Civil Veterinary Dept. Bombay admin report 1932-41 - 1932-1941
Year: 1932
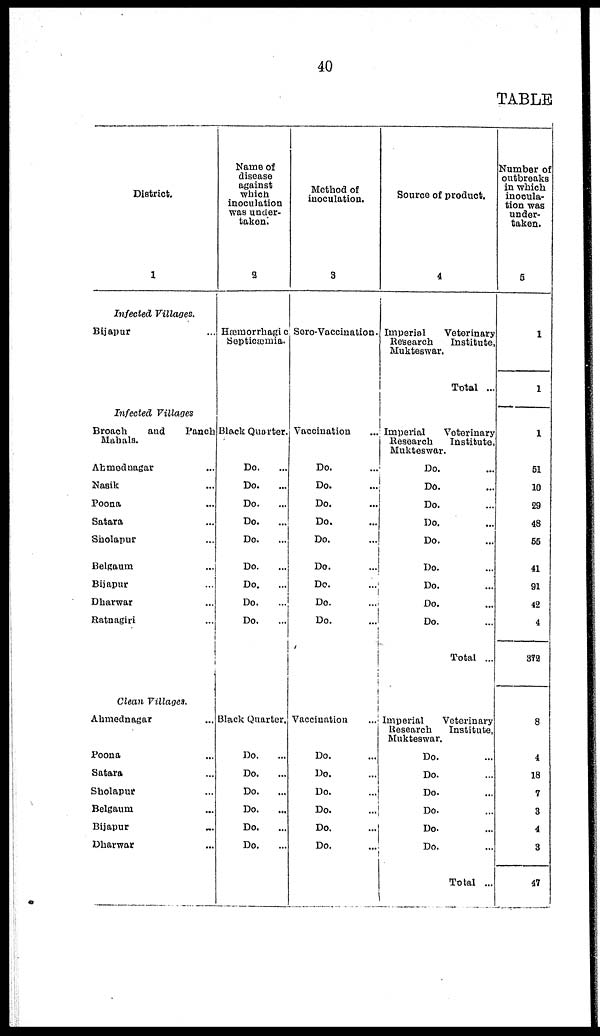
40
TABLE
District.
1
Infected
Villages.
Bijapur ...
Infected Villages
Broach
and
Panch
Mahals.
Ahmednagar ...
Nasik ...
Poona ...
Satara ...
Sholapur ...
Belgaum ...
Bijapur ...
Dharwar ...
Ratnagiri ...
Clean Villages.
Ahmednagar ...
Poona ...
Satara ...
Sholapur ...
Belgaum ...
Bijapur ...
Dharwar ...
Name of
disease
against
which
inoculation
was under-
taken.
2
Hæmorrhagic
Septicæmia.
Black Quarter.
Do. ...
Do. ...
Do. ...
Do. ...
Do. ...
Do. ...
Do. ...
Do. ...
Do. ...
Black Quarter.
Do. ...
Do. ...
Do. ...
Do. ...
Do. ...
Do. ...
Method of
inoculation.
3
Sero-Vaccination.
Vaccination ...
Do. ...
Do. ...
Do. ...
Do. ...
Do. ...
Do. ...
Do. ...
Do. ...
Do. ...
Vaccination
Do. ...
Do. ...
Do. ...
Do. ...
Do. ...
Do. ...
Source of product.
4
Imperial
Veterinary
Research
Institute,
Mukteswar.
Total ...
Imperial
Veterinary
Research
Institute,
Mukteswar.
Do. ...
Do. ...
Do. ...
Do. ...
Do. ...
Do. ...
Do. ...
Do. ...
Do. ...
Total ...
Imperial
Veterinary
Research
Institute,
Mukteswar.
Do. ...
Do. ...
Do. ...
Do. ...
Do. ...
Do.
...
Total ...
Number of
outbreaks
in which
inocula-
tion was
under-
taken.
5
1
1
1
51
10
29
48
55
41
91
42
4
372
8
4
18
7
3
4
3
47